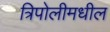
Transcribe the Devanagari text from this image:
त्रिपोलीमधील